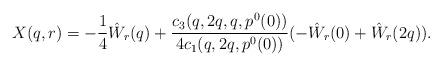
LaTeX: \begin{align*}X(q,r) = -\frac 14 \hat W_r(q) + \frac{c_3(q,2q,q,p^0(0))}{4c_1(q,2q,p^0(0))}(-\hat W_r(0)+\hat W_r(2q)).\end{align*}